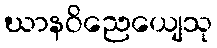
ဃာနဝိညေယျေသု